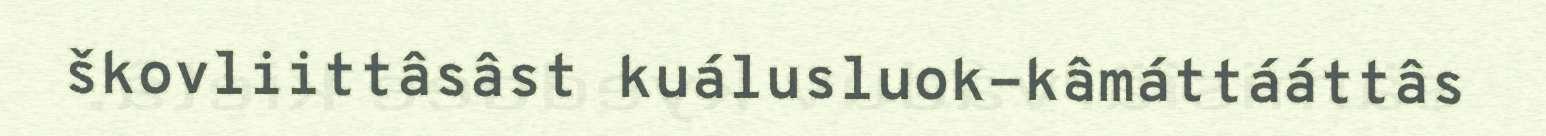
škovliittâsâst kuálusluok-kâmáttááttâs